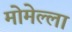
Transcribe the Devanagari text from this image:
मोमेल्ला